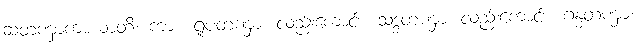
ဆတဏှာကာယာတိ၊ ကား။ ရူပတဏှာ၊ လည်းကောင်း။ သဒ္ဒတဏှာ၊ လည်းကောင်း။ ဂန္ဓတဏှာ၊